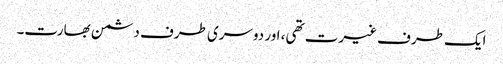
ایک طرف غیرت تھی، اور دوسری طرف دشمن بھارت۔